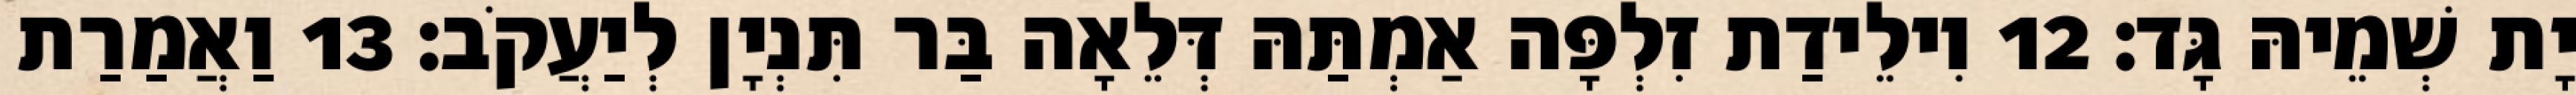
יָת שְׁמֵיהּ גָּד׃ 12 וִילֵידַת זִלְפָּה אַמְתַּהּ דְּלֵאָה בַּר תִּנְיָן לְיַעֲקֹב׃ 13 וַאֲמַרַת